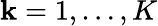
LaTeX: \mathbf{k}=1,\ldots,K